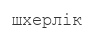
шхерлік